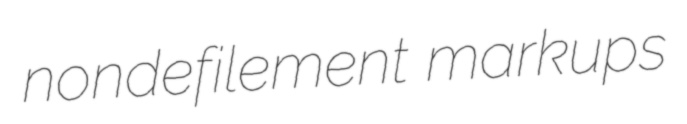
nondefilement markups